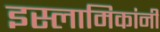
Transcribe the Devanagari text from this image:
इस्लामिकांनी